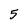
Character: 5